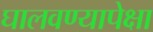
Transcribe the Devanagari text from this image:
घालवण्यापेक्षा